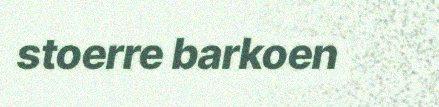
stoerre barkoen